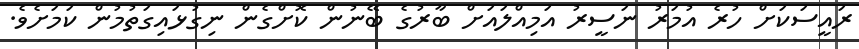
ރައީސަކަށް ހުރެ އުމަރު ނަސީރު އަމިއްލައަށް ބާރުގެ ބޭނުން ކޮށްގެން ނިގުޅައިގަތުމުން ކަމަށެވެ.